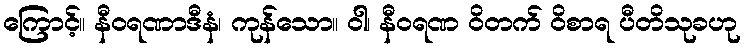
ကြောင့်။ နီဝရဏာဒီနံ၊ ကုန်သော။ ဝါ၊ နီဝရဏ ဝိတက် ဝိစာရ ပီတိသုခဟု